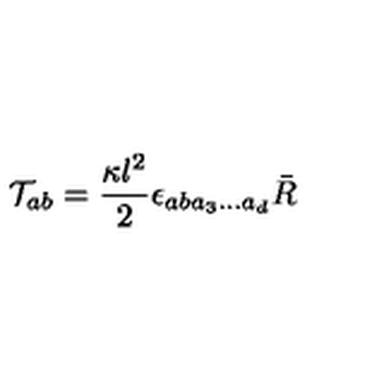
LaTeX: { \cal T } _ { a b } = \frac { \kappa l ^ { 2 } } { 2 } \epsilon _ { a b a _ { 3 } \ldots a _ { d } } \bar { R }